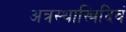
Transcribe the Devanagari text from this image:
अत्रस्थास्त्रिदिवं